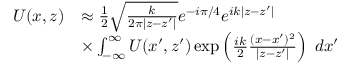
\begin{array} { r l } { U ( x , z ) } & { \approx \frac { 1 } { 2 } \sqrt { \frac { k } { 2 \pi | z - z ^ { \prime } | } } e ^ { - i \pi / 4 } e ^ { i k | z - z ^ { \prime } | } } \\ & { \times \int _ { - \infty } ^ { \infty } U ( x ^ { \prime } , z ^ { \prime } ) \exp \left( \frac { i k } { 2 } \frac { ( x - x ^ { \prime } ) ^ { 2 } } { | z - z ^ { \prime } | } \right) \; d { x ^ { \prime } } } \end{array}